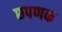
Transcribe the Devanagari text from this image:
छपणक